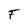
Character: F